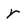
Character: r